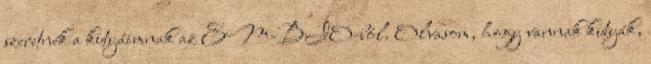
szeretnék a kutyáimnak az EM-BIO-ból. Olvasom, hogy vannak kutyák,